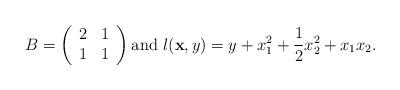
LaTeX: \begin{align*}B=\left(\begin{array}{rccl} 2 & 1 \\ 1 & 1 \end{array} \right) \mbox{and }l({\bf x},y)= y+x_1^2+\frac12x_2^2+x_1x_2.\end{align*}